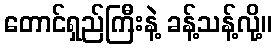
တောင်ရှည်ကြီးနဲ့ ခန့်သန့်လို့။